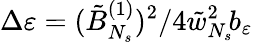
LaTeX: \Delta\varepsilon=(\tilde{B}_{N_{s}}^{(1)})^{2}/4\tilde{w}_{N_{s}}^{2}\! b_{\varepsilon}